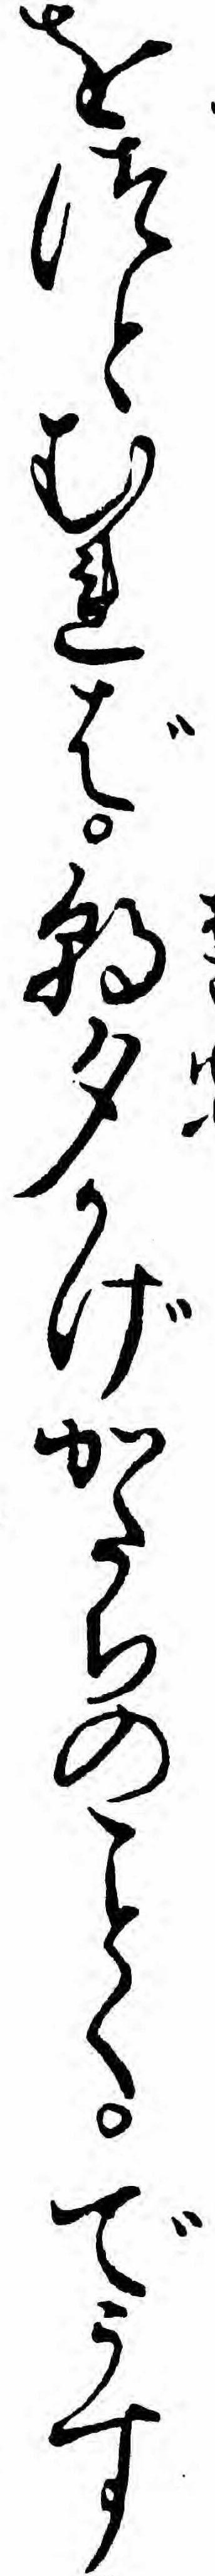
をつとむれば朝夕かげかたちのくでうす